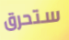
ستحرق